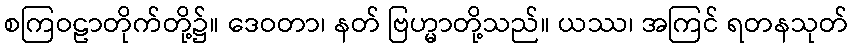
စကြဝဠာတိုက်တို့၌။ ဒေဝတာ၊ နတ် ဗြဟ္မာတို့သည်။ ယဿ၊ အကြင် ရတနသုတ်